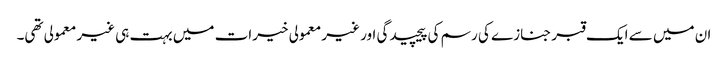
ان میں سے ایک قبر جنازے کی رسم کی پیچیدگی اور غیر معمولی خیرات میں بہت ہی غیر معمولی تھی۔